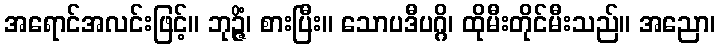
အရောင်အလင်းဖြင့်။ ဘုဉ္ဇိံ၊ စားပြီး။ သောပဒီပဂ္ဂိ၊ ထိုမီးတိုင်မီးသည်။ အညော၊